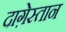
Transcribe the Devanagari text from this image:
दाग़ेस्तान